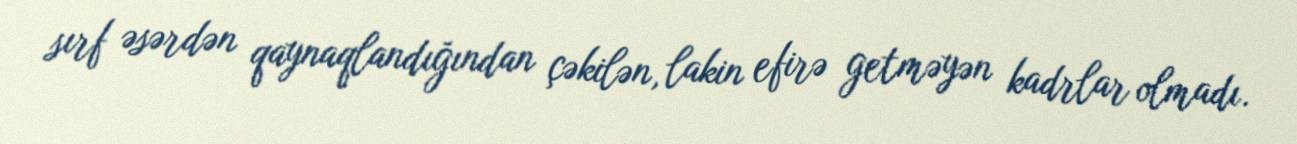
sırf əsərdən qaynaqlandığından çəkilən, lakin efirə getməyən kadrlar olmadı.